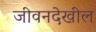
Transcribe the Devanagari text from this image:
जीवनदेखील